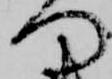
つ